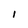
Character: l